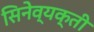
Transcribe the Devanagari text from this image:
सिनेव्यक्ती